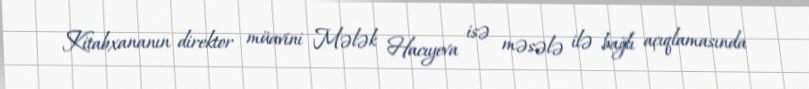
Kitabxananın direktor müavini Mələk Hacıyeva isə məsələ ilə bağlı açıqlamasında